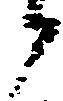
候